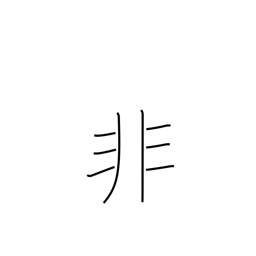
Meaning: mistake